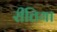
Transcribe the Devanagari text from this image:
रीतिया